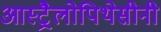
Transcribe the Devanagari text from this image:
आस्ट्रैलोपिथेसीनी